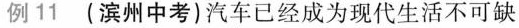
例11(滨州中考)汽车已经成为现代生活不可缺